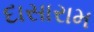
દાસારામ